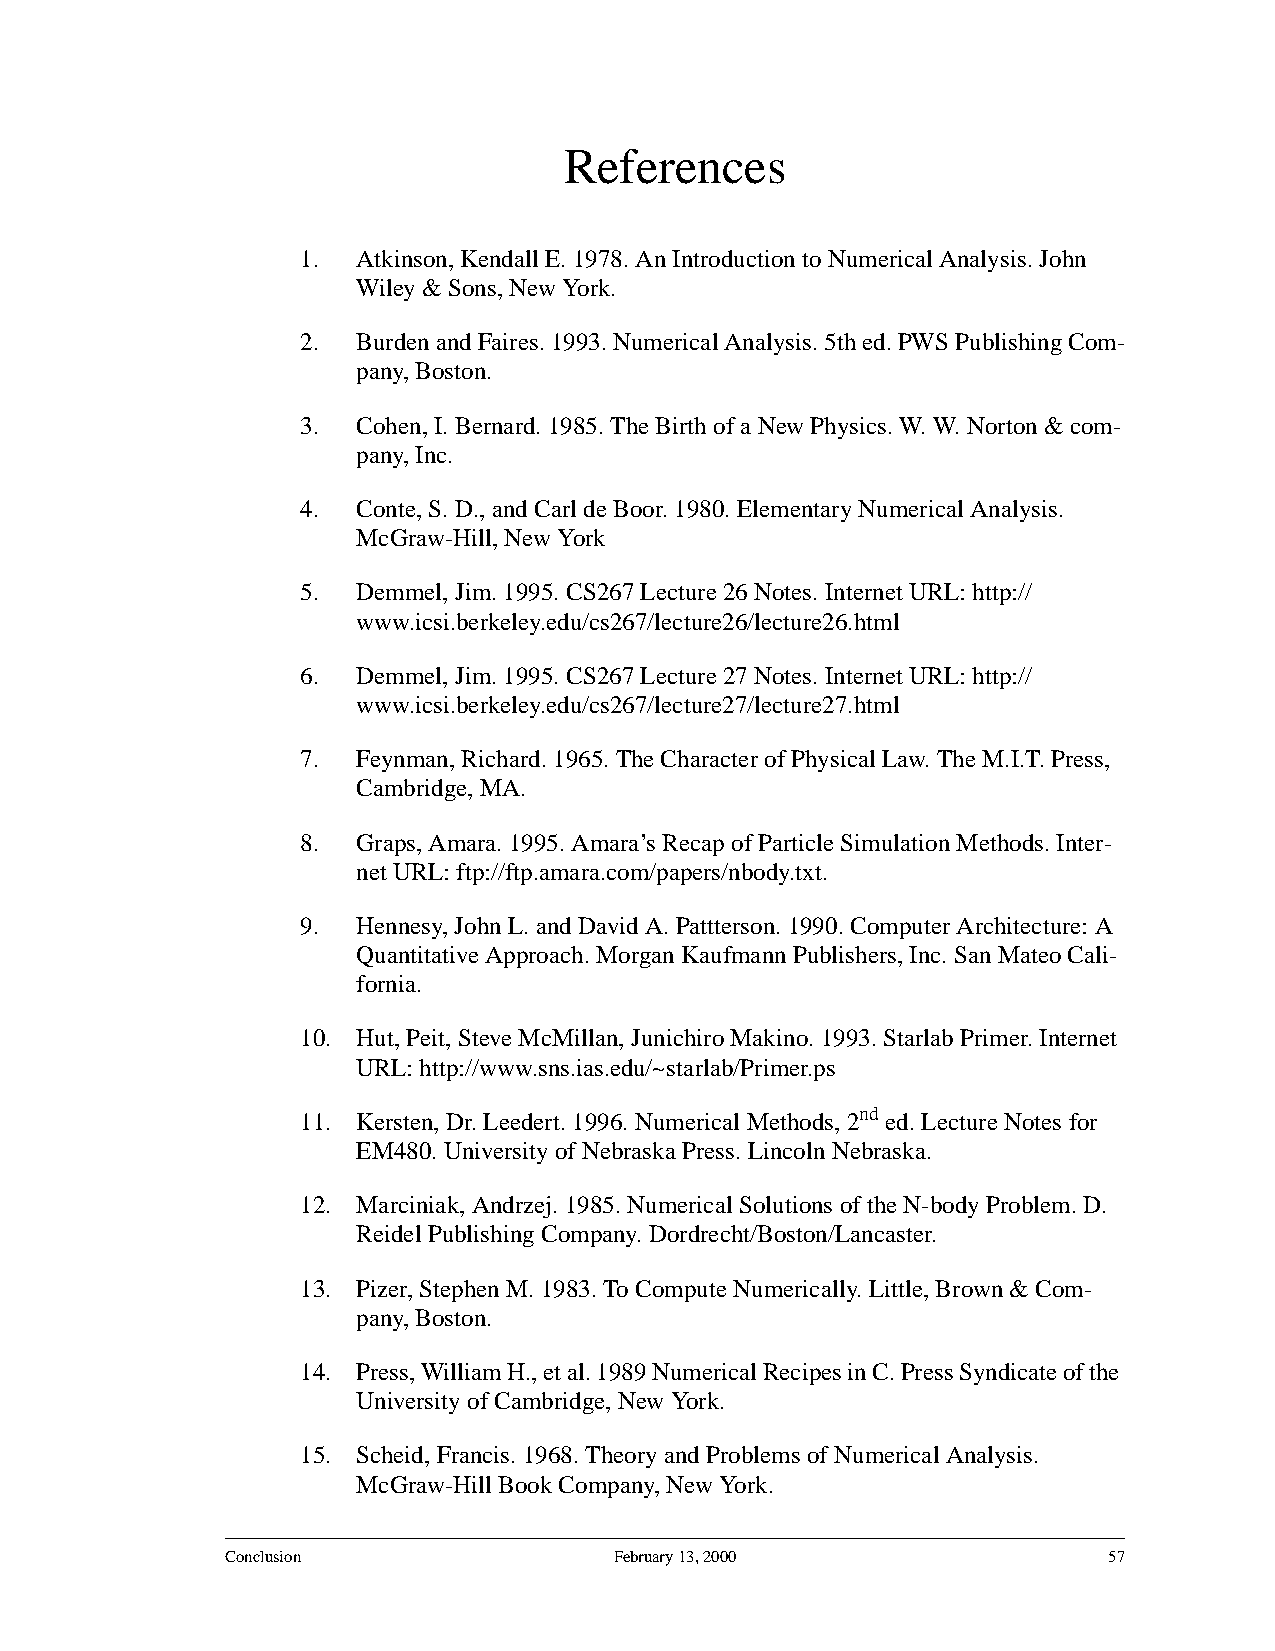
References
 1.  Atkinson, Kendall E. 1978. An Introduction to Numerical Analysis. John
 Wiley & Sons, New York.
 2.  BurdenandFaires.1993.NumericalAnalysis.5thed.PWSPublishingCom-
 pany, Boston.
 3.  Cohen, I. Bernard. 1985. The Birth of a New Physics. W. W. Norton & com-
 pany, Inc.
 4.  Conte, S. D., and Carl de Boor. 1980. Elementary Numerical Analysis.
 McGraw-Hill, New York
 5.  Demmel, Jim. 1995. CS267 Lecture 26 Notes. Internet URL: http://
 www.icsi.berkeley.edu/cs267/lecture26/lecture26.html
 6.  Demmel, Jim. 1995. CS267 Lecture 27 Notes. Internet URL: http://
 www.icsi.berkeley.edu/cs267/lecture27/lecture27.html
 7.  Feynman, Richard. 1965. The Character of Physical Law. The M.I.T. Press,
 Cambridge, MA.
 8.  Graps, Amara. 1995. Amara’s Recap of Particle Simulation Methods. Inter-
 net URL: ftp://ftp.amara.com/papers/nbody.txt.
 9.  Hennesy, John L. and David A. Pattterson. 1990. Computer Architecture: A
 Quantitative Approach. Morgan Kaufmann Publishers, Inc. San Mateo Cali-
 fornia.
 10. Hut, Peit, Steve McMillan, Junichiro Makino. 1993. Starlab Primer. Internet
 URL: http://www.sns.ias.edu/~starlab/Primer.ps
 11. Kersten, Dr. Leedert. 1996. Numerical Methods, 2nd ed. Lecture Notes for
 EM480. University of Nebraska Press. Lincoln Nebraska.
 12. Marciniak, Andrzej. 1985. Numerical Solutions of the N-body Problem. D.
 Reidel Publishing Company. Dordrecht/Boston/Lancaster.
 13. Pizer, Stephen M. 1983. To Compute Numerically. Little, Brown & Com-
 pany, Boston.
 14. Press,WilliamH.,etal.1989NumericalRecipesinC.PressSyndicateofthe
 University of Cambridge, New York.
 15. Scheid, Francis. 1968. Theory and Problems of Numerical Analysis.
 McGraw-Hill Book Company, New York.
 Conclusion                February 13, 2000               57